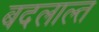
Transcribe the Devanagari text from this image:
बदलाल्त